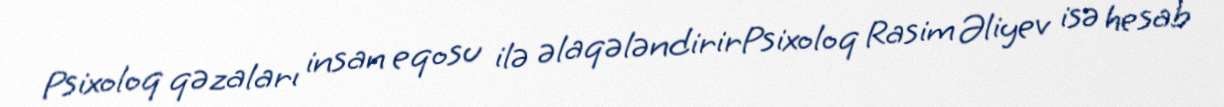
Psixoloq qəzaları insan eqosu ilə əlaqələndirirPsixoloq Rasim Əliyev isə hesab